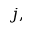
j ,